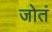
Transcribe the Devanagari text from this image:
जोतं